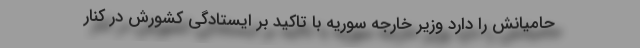
حامیانش را دارد وزیر خارجه سوریه با تاکید بر ایستادگی کشورش در کنار